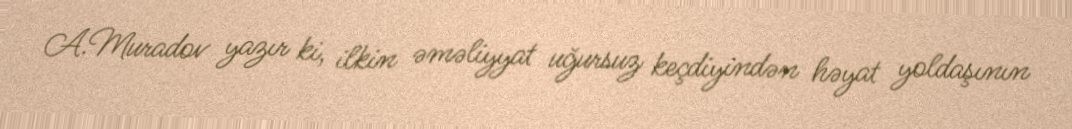
A.Muradov yazır ki, ilkin əməliyyat uğursuz keçdiyindən həyat yoldaşının